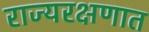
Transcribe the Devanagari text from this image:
राज्यरक्षणात